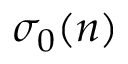
\sigma _ { 0 } ( n )